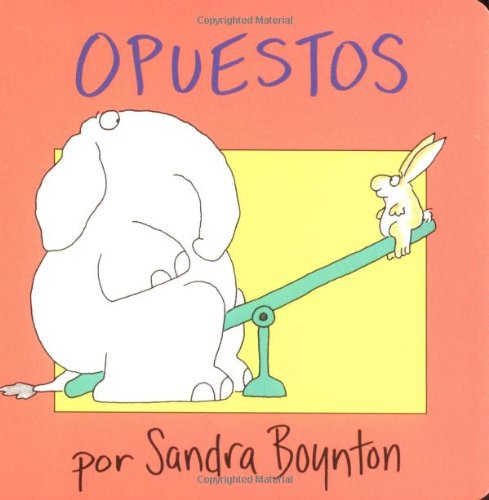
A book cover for Opuestos (Opposites) (Spanish Edition); Sandra Boynton; Children's Books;